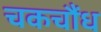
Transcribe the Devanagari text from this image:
चकचौंध